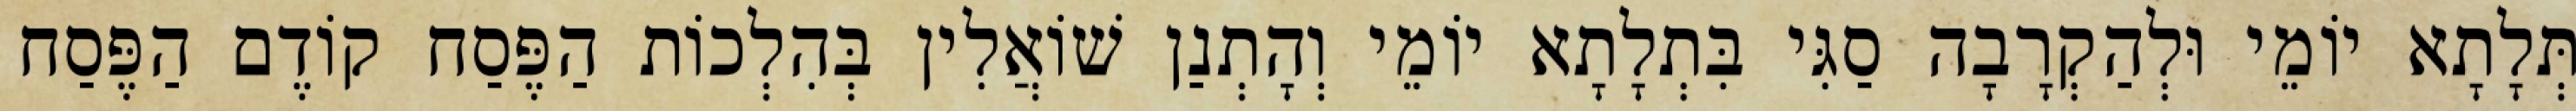
תְּלָתָא יוֹמֵי וּלְהַקְרָבָה סַגִּי בִּתְלָתָא יוֹמֵי וְהָתְנַן שׁוֹאֲלִין בְּהִלְכוֹת הַפֶּסַח קוֹדֶם הַפֶּסַח